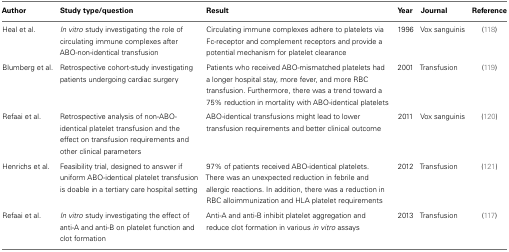
<table><thead><tr><td><b>Author</b></td><td><b>Study type/question</b></td><td><b>Result</b></td><td><b>Year</b></td><td><b>Journal</b></td><td><b>Reference</b></td></tr></thead><tbody><tr><td>Heal et al.</td><td><i>In vitro</i> study investigating the role of circulating immune complexes after ABO-non-identical transfusion</td><td>Circulating immune complexes adhere to platelets via Fc-receptor and complement receptors and provide a potential mechanism for platelet clearance</td><td>1996</td><td>Vox sanguinis</td><td>(118)</td></tr><tr><td>Blumberg et al.</td><td>Retrospective cohort-study investigating patients undergoing cardiac surgery</td><td>Patients who received ABO-mismatched platelets had a longer hospital stay, more fever, and more RBC transfusion. Furthermore, there was a trend toward a 75% reduction in mortality with ABO-identical platelets</td><td>2001</td><td>Transfusion</td><td>(119)</td></tr><tr><td>Refaai et al.</td><td>Retrospective analysis of non-ABO-identical platelet transfusion and the effect on transfusion requirements and other clinical parameters</td><td>ABO-identical transfusions might lead to lower transfusion requirements and better clinical outcome</td><td>2011</td><td>Vox sanguinis</td><td>(120)</td></tr><tr><td>Henrichs et al.</td><td>Feasibility trial, designed to answer if uniform ABO-identical platelet transfusion is doable in a tertiary care hospital setting</td><td>97% of patients received ABO-identical platelets. There was an unexpected reduction in febrile and allergic reactions. In addition, there was a reduction in RBC alloimmunization and HLA platelet requirements</td><td>2012</td><td>Transfusion</td><td>(121)</td></tr><tr><td>Refaai et al.</td><td><i>In vitro</i> study investigating the effect of anti-A and anti-B on platelet function and clot formation</td><td>Anti-A and anti-B inhibit platelet aggregation and reduce clot formation in various <i>in vitro</i> assays</td><td>2013</td><td>Transfusion</td><td>(117)</td></tr></tbody></table>